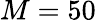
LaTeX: M=50